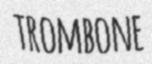
TROMBONE